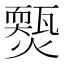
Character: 𤐱